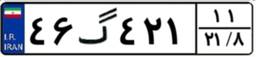
۶۴گ۶۹۰۵۰